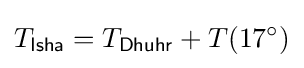
T_{\mathsf {Isha}}=T_{\mathsf {Dhuhr}}+T(17^{\circ })